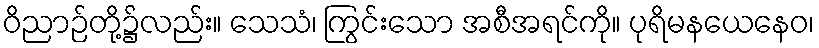
ဝိညာဉ်တို့၌လည်း။ သေသံ၊ ကြွင်းသော အစီအရင်ကို။ ပုရိမနယေနေဝ၊